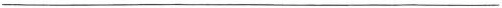
___